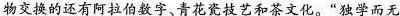
物交换的还有阿拉伯数字、青花瓷技艺和茶文化。”独学而无